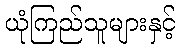
ယုံကြည်သူများနှင့်